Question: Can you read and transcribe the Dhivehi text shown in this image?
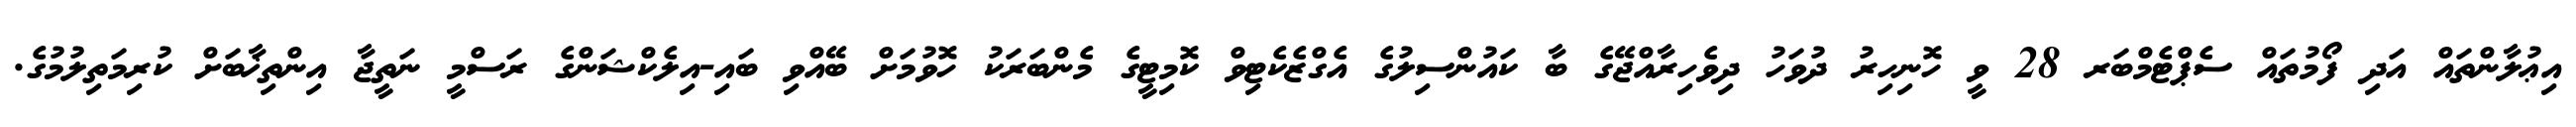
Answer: އިޢުލާންތައް އަދި ފޯމުތައް ސެޕްޓެމްބަރ 28 ވީ ހޮނިހިރު ދުވަހު ދިވެހިރާއްޖޭގެ ބާ ކައުންސިލުގެ އެގްޒެކެޓިވް ކޮމިޓީގެ މެންބަރަކު ހޮވުމަށް ބޭއްވި ބައި-އިލެކްޝަންގެ ރަސްމީ ނަތީޖާ އިންތިޚާބަށް ކުރިމަތިލުމުގެ.